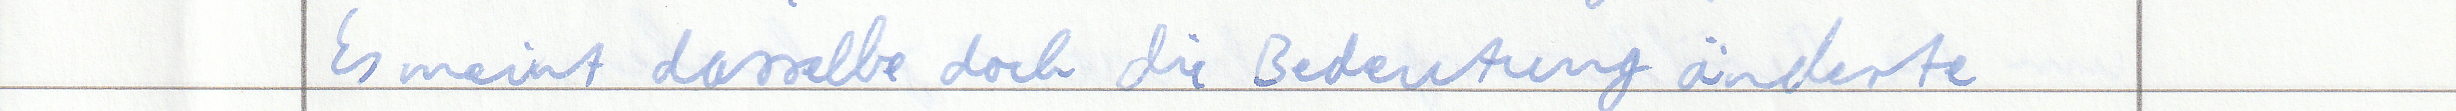
Es meint dasselbe doch die Bedeutung änderte